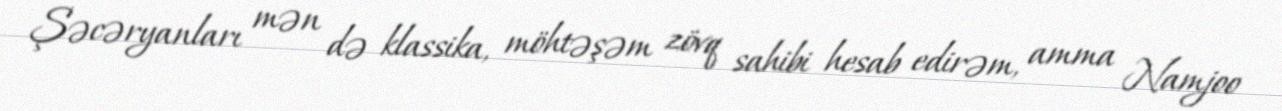
Şəcəryanları mən də klassika, möhtəşəm zövq sahibi hesab edirəm, amma Namjoo